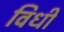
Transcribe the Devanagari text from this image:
विधीं